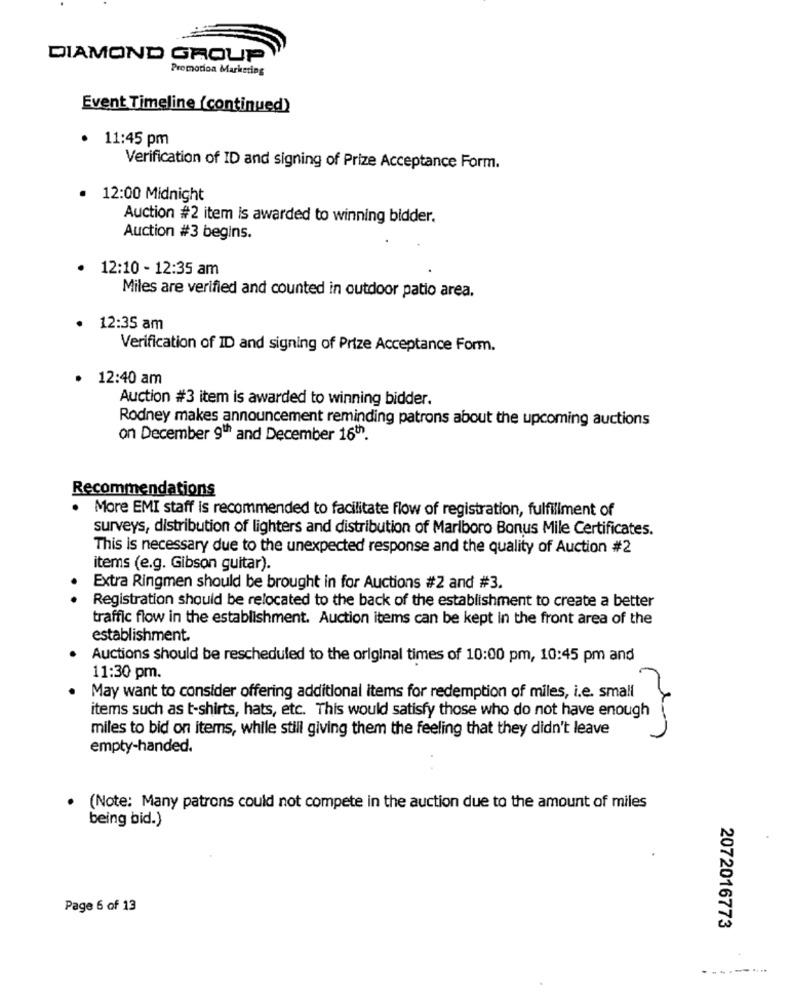
DIAMOND GROUP
Promotion Markering
Event Timeline (continued)
· 11:45 pm
Verification of ID and signing of Prize Acceptance Form.
12:00 Midnight
Auction #2 item is awarded to winning bidder.
Auction #3 begins.
· 12:10 - 12:35 am
Miles are verified and counted in outdoor patio area.
12:35 am
Verification of ID and signing of Prize Acceptance Form.
· 12:40 am
Auction #3 item is awarded to winning bidder.
Rodney makes announcement reminding patrons about the upcoming auctions
on December 9th and December 16th.
Recommendations
More EMI staff is recommended to facilitate flow of registration, fulfillment of
surveys, distribution of lighters and distribution of Marlboro Bonus Mile Certificates.
This is necessary due to the unexpected response and the quality of Auction #2
items (e.g. Gibson guitar).
Extra Ringmen should be brought in for Auctions #2 and #3.
Registration should be relocated to the back of the establishment to create a better
traffic flow in the establishment. Auction items can be kept In the front area of the
establishment
Auctions should be rescheduled to the original times of 10:00 pm, 10:45 pm and
11:30 pm.
May want to consider offering additional items for redemption of miles, i.e. small
items such as t-shirts, hats, etc. This would satisfy those who do not have enough
miles to bid on items, while still giving them the feeling that they didn't leave
empty-handed.
(Note: Many patrons could not compete in the auction due to the amount of miles
being bid.)
Page 6 of 13
2072016773